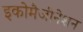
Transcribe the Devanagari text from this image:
इकोमैजीनेशन